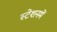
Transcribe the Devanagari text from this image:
स्टेशनमें